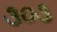
૩૦૩